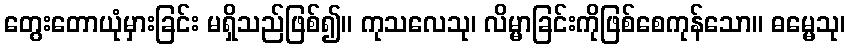
တွေးတောယုံမှားခြင်း မရှိသည်ဖြစ်၍။ ကုသလေသု၊ လိမ္မာခြင်းကိုဖြစ်စေကုန်သော။ ဓမ္မေသု၊